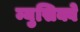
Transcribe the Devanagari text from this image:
म्युसिक्वे